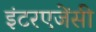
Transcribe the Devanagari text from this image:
इंटरएजेंसी